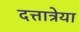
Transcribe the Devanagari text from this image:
दत्तात्रेया